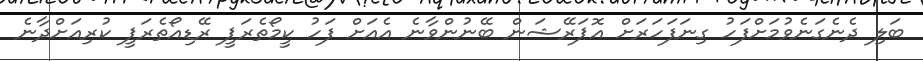
ބަލި ދެނެގަނެވުމަށްފަހު ގިނަފަހަރަށް އޮޕަރޭޝަން ބޭނުންވާނެ އެއަށް ފަހު ކީމޯތެރަޕީ ރޭޑިއޯތެރަޕީ ކުރިއަށްދާނެ